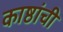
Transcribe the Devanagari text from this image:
काष्ठांची